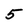
Character: 5